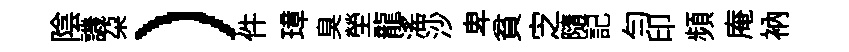
陰譏朶）件璋臭塋龍滛沙卑貧㝎隨記勻印頻庵衲